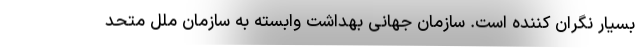
بسیار نگران کننده است. سازمان جهانی بهداشت وابسته به سازمان ملل متحد